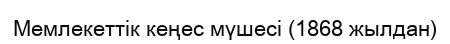
Мемлекеттік кеңес мүшесі (1868 жылдан)